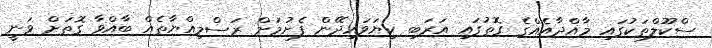
ސްކޫލްތަކުގައި މާއްދާއެއްގެ ގޮތުގައި އަރަބި ކިޔަވައިދޭން ފެށުމަށް ރަސްމިއްޔާތެއް ބާއްވާ ގޮތަށް ވަނީ